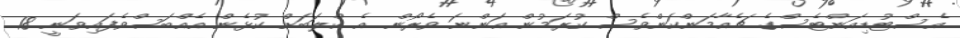
އެސްޓުޑިއަންޓެސްގެ ޗެއާމަންކަންވެސް ކުރަމުން އަންނަ ވެރޯން އެ ކްލަބަށް ކުޅެން އެއްބަސްވެފައިވަނީ 18